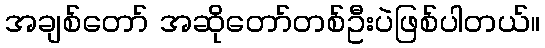
အချစ်တော် အဆိုတော်တစ်ဦးပဲဖြစ်ပါတယ်။